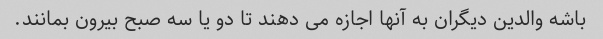
باشه والدین دیگران به آنها اجازه می دهند تا دو یا سه صبح بیرون بمانند.